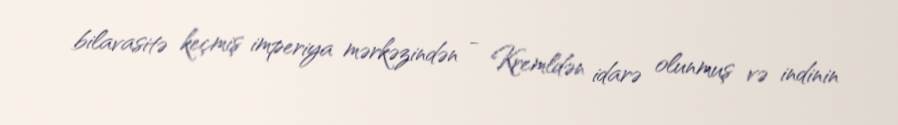
bilavasitə keçmiş imperiya mərkəzindən - Kremldən idarə olunmuş və indinin